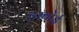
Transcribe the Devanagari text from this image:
हरबोई